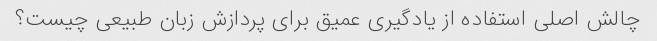
چالش اصلی استفاده از یادگیری عمیق برای پردازش زبان طبیعی چیست؟